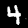
Digit: 4